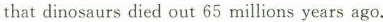
that dinosaurs died out 65 millions years ago.